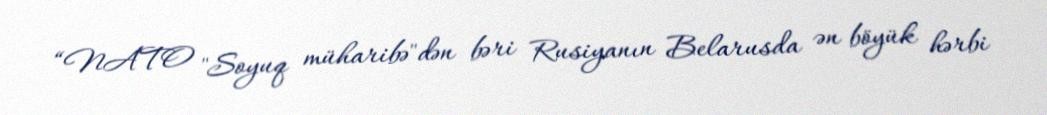
“NATO "Soyuq müharibə"dən bəri Rusiyanın Belarusda ən böyük hərbi